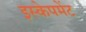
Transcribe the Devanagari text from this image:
इस्केपमेंट